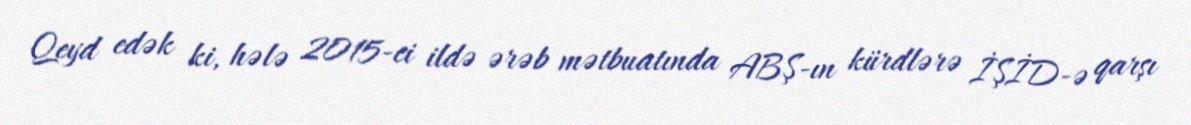
Qeyd edək ki, hələ 2015-ci ildə ərəb mətbuatında ABŞ-ın kürdlərə İŞİD-ə qarşı